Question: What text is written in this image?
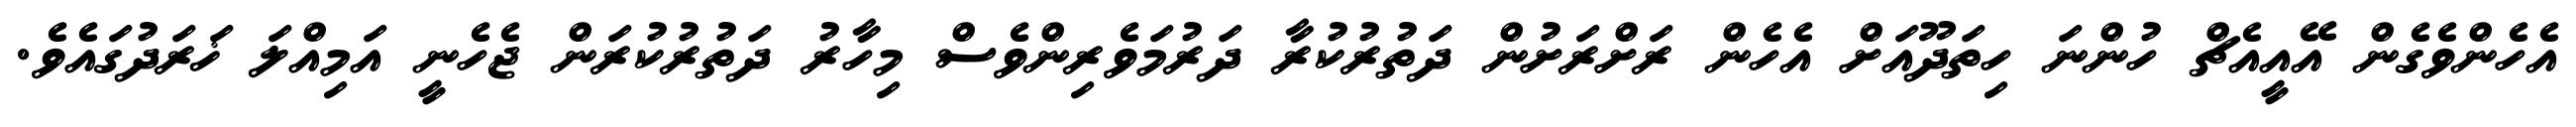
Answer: އެހެންވެގެން އޭއީއެޗް ހުންނަ ހިތަދޫއަށް އެހެން ރަށްރަށުން ދަތުރުކުރާ ދަރުމަވެރިންވެސް މިހާރު ދަތުރުކުރަން ޖެހެނީ އަމިއްލަ ޚަރަދުގައެވެ.